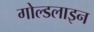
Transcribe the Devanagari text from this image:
गोल्डलाइन